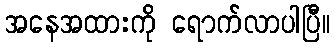
အနေအထားကို ရောက်လာပါပြီ။